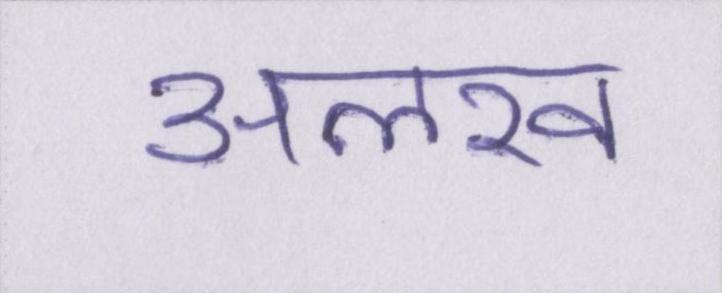
अलख